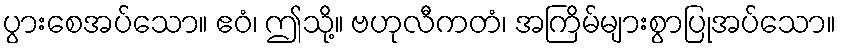
ပွားစေအပ်သော။ ဧဝံ၊ ဤသို့။ ဗဟုလီကတံ၊ အကြိမ်များစွာပြုအပ်သော။